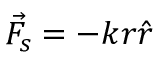
{ \vec { F } } _ { s } = - k r { \hat { r } }